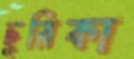
ছুরিকা